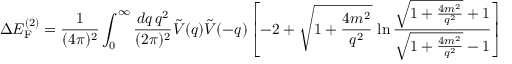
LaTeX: \Delta E _ { \mathrm { F } } ^ { ( 2 ) } = \frac { 1 } { ( 4 \pi ) ^ { 2 } } \int _ { 0 } ^ { \infty } \frac { d q \, q ^ { 2 } } { ( 2 \pi ) ^ { 2 } } \tilde { V } ( q ) \tilde { V } ( - q ) \left[ - 2 + \sqrt { 1 + \frac { 4 m ^ { 2 } } { q ^ { 2 } } } \, \ln \frac { \sqrt { 1 + \frac { 4 m ^ { 2 } } { q ^ { 2 } } } + 1 } { \sqrt { 1 + \frac { 4 m ^ { 2 } } { q ^ { 2 } } } - 1 } \right]